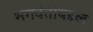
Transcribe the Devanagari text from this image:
भगवंतांबद्दल